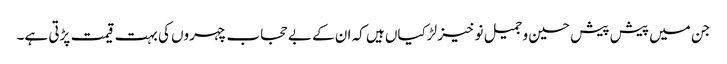
جن میں پیش پیش حسین و جمیل نو خیز لڑکیاں ہیں کہ ان کے بے حجاب چہروں کی بہت قیمت پڑتی ہے۔